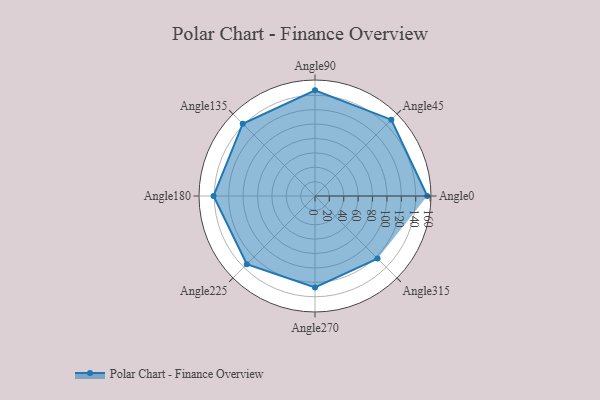
{"axis": {"x": "Angle", "y": "Radius"}, "legend": [""], "data": [{"x": "Angle0", "y": 156.0, "type": ""}, {"x": "Angle45", "y": 150.0, "type": ""}, {"x": "Angle90", "y": 147.0, "type": ""}, {"x": "Angle135", "y": 142.0, "type": ""}, {"x": "Angle180", "y": 141.0, "type": ""}, {"x": "Angle225", "y": 134.0, "type": ""}, {"x": "Angle270", "y": 127.0, "type": ""}, {"x": "Angle315", "y": 123.0, "type": ""}]}